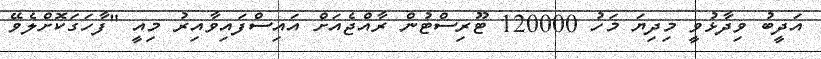
އަދީބު ވިދާޅުވީ މިދިޔަ މަހު 120000 ޓޫރިސްޓުން ރާއްޖެއަށް އައިސްފައިވާއިރު މިއީ "ފާހަގަކޮށްލެވޭ